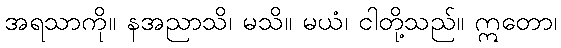
အရသာကို။ နအညာသိ၊ မသိ။ မယံ၊ ငါတို့သည်။ ဣတော၊